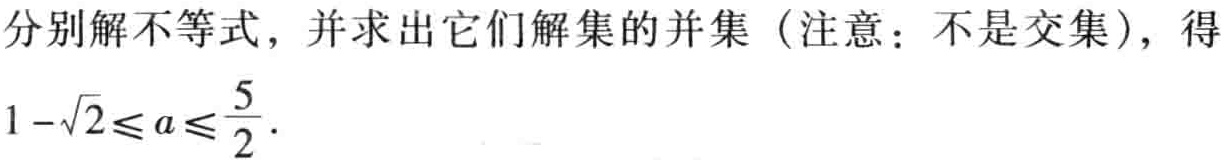
分别解不等式，并求出它们解集的并集（注意：不是交集），得

\(1 - \sqrt{2} \leq a \leq \frac{5}{2}\)．